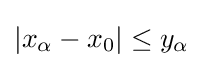
\left|x_{\alpha }-x_{0}\right|\leq y_{\alpha }